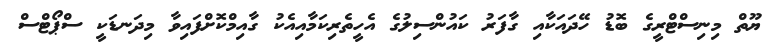
ޔޫތް މިނިސްޓްރީގެ ބޮޑު ހޭދައަކާއި ގާފަރު ކައުންސިލުގެ އެހީތެރިކަމާއިއެކު ގާއިމްކޮށްފައިވާ މިދަނޑަކީ ސްޕޯޓްސް